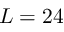
L = 2 4